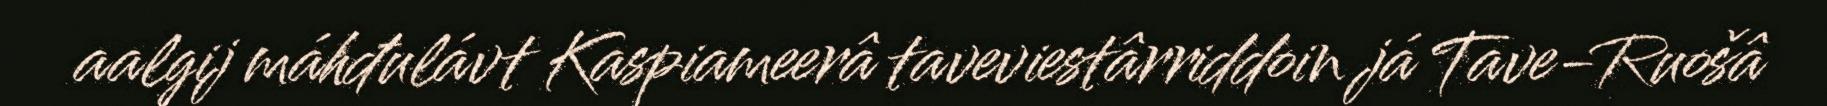
aalgij máhđulávt Kaspiameerâ taveviestârriddoin já Tave-Ruošâ